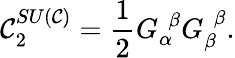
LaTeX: \mathcal{C}_{2}^{SU\left(\mathcal{C}\right)}=\frac{{1}}{{2}}G_{\alpha}^{\, \, \beta}G_{\beta}^{\, \, \beta}.